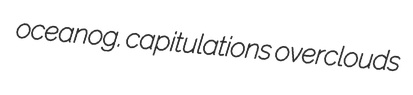
oceanog. capitulations overclouds